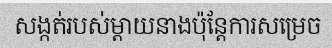
សង្កត់របស់ម្តាយនាងប៉ុន្តែការសម្រេច